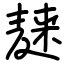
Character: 𪎌